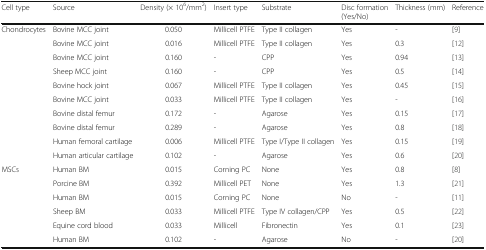
<table><thead><tr><td><b>Cell type</b></td><td><b>Source</b></td><td><b>Density (× 10<sup>6</sup>/mm<sup>2</sup>)</b></td><td><b>Insert type</b></td><td><b>Substrate</b></td><td><b>Disc formation (Yes/No)</b></td><td><b>Thickness (mm)</b></td><td><b>Reference</b></td></tr></thead><tbody><tr><td rowspan="10">Chondrocytes</td><td>Bovine MCC joint</td><td>0.050</td><td>Millicell PTFE</td><td>Type II collagen</td><td>Yes</td><td>-</td><td>[9]</td></tr><tr><td>Bovine MCC joint</td><td>0.016</td><td>Millicell PTFE</td><td>Type II collagen</td><td>Yes</td><td>0.3</td><td>[12]</td></tr><tr><td>Bovine MCC joint</td><td>0.160</td><td>-</td><td>CPP</td><td>Yes</td><td>0.94</td><td>[13]</td></tr><tr><td>Sheep MCC joint</td><td>0.160</td><td>-</td><td>CPP</td><td>Yes</td><td>0.5</td><td>[14]</td></tr><tr><td>Bovine hock joint</td><td>0.067</td><td>Millicell PTFE</td><td>Type II collagen</td><td>Yes</td><td>0.45</td><td>[15]</td></tr><tr><td>Bovine MCC joint</td><td>0.033</td><td>Millicell PTFE</td><td>Type II collagen</td><td>Yes</td><td>-</td><td>[16]</td></tr><tr><td>Bovine distal femur</td><td>0.172</td><td>-</td><td>Agarose</td><td>Yes</td><td>0.15</td><td>[17]</td></tr><tr><td>Bovine distal femur</td><td>0.289</td><td>-</td><td>Agarose</td><td>Yes</td><td>0.8</td><td>[18]</td></tr><tr><td>Human femoral cartilage</td><td>0.006</td><td>Millicell PTFE</td><td>Type I/Type II collagen</td><td>Yes</td><td>0.15</td><td>[19]</td></tr><tr><td>Human articular cartilage</td><td>0.102</td><td>-</td><td>Agarose</td><td>Yes</td><td>0.6</td><td>[20]</td></tr><tr><td rowspan="6">MSCs</td><td>Human BM</td><td>0.015</td><td>Corning PC</td><td>None</td><td>Yes</td><td>0.8</td><td>[8]</td></tr><tr><td>Porcine BM</td><td>0.392</td><td>Millicell PET</td><td>None</td><td>Yes</td><td>1.3</td><td>[21]</td></tr><tr><td>Human BM</td><td>0.015</td><td>Corning PC</td><td>None</td><td>No</td><td>-</td><td>[11]</td></tr><tr><td>Sheep BM</td><td>0.033</td><td>Millicell PTFE</td><td>Type IV collagen/CPP</td><td>Yes</td><td>0.5</td><td>[22]</td></tr><tr><td>Equine cord blood</td><td>0.033</td><td>Millicell</td><td>Fibronectin</td><td>Yes</td><td>0.1</td><td>[23]</td></tr><tr><td>Human BM</td><td>0.102</td><td>-</td><td>Agarose</td><td>No</td><td>-</td><td>[20]</td></tr></tbody></table>